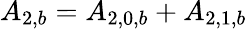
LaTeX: {A_{2,b}}={A_{2,0,b}}+{A_{2,1,b}}